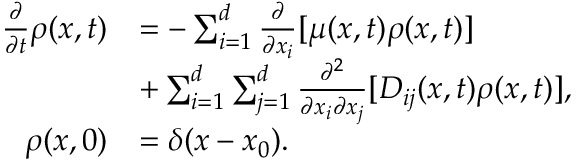
\begin{array} { r l } { \frac { \partial } { \partial t } \rho ( x , t ) } & { = - \sum _ { i = 1 } ^ { d } \frac { \partial } { \partial x _ { i } } [ \mu ( x , t ) \rho ( x , t ) ] } \\ & { + \sum _ { i = 1 } ^ { d } \sum _ { j = 1 } ^ { d } \frac { \partial ^ { 2 } } { \partial x _ { i } \partial x _ { j } } [ D _ { i j } ( x , t ) \rho ( x , t ) ] , } \\ { \rho ( x , 0 ) } & { = \delta ( x - x _ { 0 } ) . } \end{array}